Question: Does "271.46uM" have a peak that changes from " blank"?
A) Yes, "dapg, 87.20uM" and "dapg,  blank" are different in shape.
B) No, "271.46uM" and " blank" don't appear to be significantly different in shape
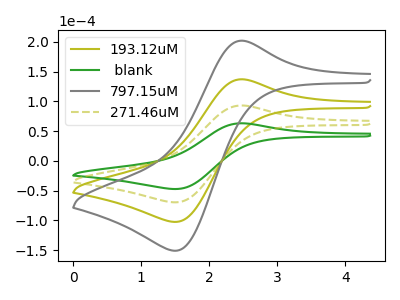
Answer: <think>The olive curve "193.12uM" has an anodic peak at (2.45V, 186.00uA) and a cathodic peak at (1.50V, -139.00uA). The green curve " blank" has an anodic peak at (2.45V, 63.15uA) and a cathodic peak at (1.50V, -47.20uA). The gray curve "797.15uM" has an anodic peak at (2.45V, 279.00uA) and a cathodic peak at (1.50V, -208.55uA). The olive dashed curve "271.46uM" has an anodic peak at (2.45V, 93.00uA) and a cathodic peak at (1.50V, -69.50uA).
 All the peaks in "271.46uM" have a peak in " blank" at the same potential. Every peak in "271.46uM" is higher than every peak in " blank".</think>
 <answer>B) No, "271.46uM" and " blank" don't appear to be significantly different in shape</answer>
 <eval>B</eval>